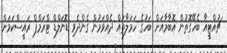
ޗުއްޓީއާ ބެހޭގޮތުން އޮބާމާއަށް ބަހުގެ ހަމަލާތައް ދެއްވަމުން ގެންދެވި ޑޮނަލްޑް ޓްރަމްޕް ރައީސްކަމަށް